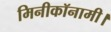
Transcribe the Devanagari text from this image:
मिनीकॉनामी।